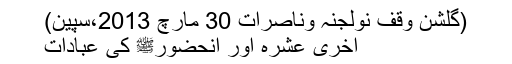
(گلشن وقف نولجنہ وناصرات 30 مارچ 2013،سپین)
آخری عشرہ اور آنحضورﷺ کی عبادات